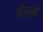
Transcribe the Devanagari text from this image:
गोतनी